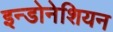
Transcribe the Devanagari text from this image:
इन्डोनेशियन